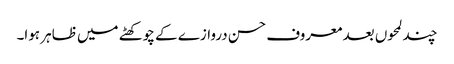
چند لمحوں بعد معروف حسن دروازے کے چوکھٹے میں ظاہر ہوا۔